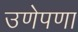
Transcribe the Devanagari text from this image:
उणेपणा